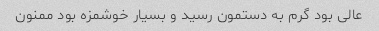
عالی بود گرم به دستمون رسید و بسیار خوشمزه بود ممنون